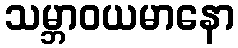
သမ္ဘာဝယမာနော